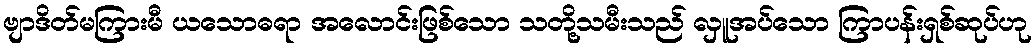
ဗျာဒိတ်မကြားမီ ယသောဓရာ အလောင်းဖြစ်သော သတို့သမီးသည် လှူအပ်သော ကြာပန်းရှစ်ဆုပ်ဟု